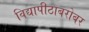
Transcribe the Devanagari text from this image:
विद्यापीठाबरोबर